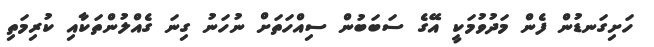
ހަށިގަނޑުން ފެން މަދުވުމަކީ އޭގެ ސަބަބުން ސިއްހަތަށް ނުހަނު ގިނަ ގެއްލުންތަކާއި ކުރިމަތި